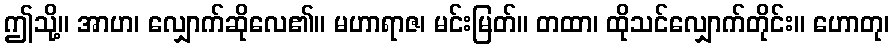
ဤသို့။ အာဟ၊ လျှောက်ဆိုလေ၏။ မဟာရာဇ၊ မင်းမြတ်။ တထာ၊ ထိုသင်လျှောက်တိုင်း။ ဟောတု၊